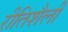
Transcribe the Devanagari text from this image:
रीतिशैली